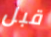
قبل